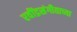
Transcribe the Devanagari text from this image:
रवींद्रसंगीताच्या